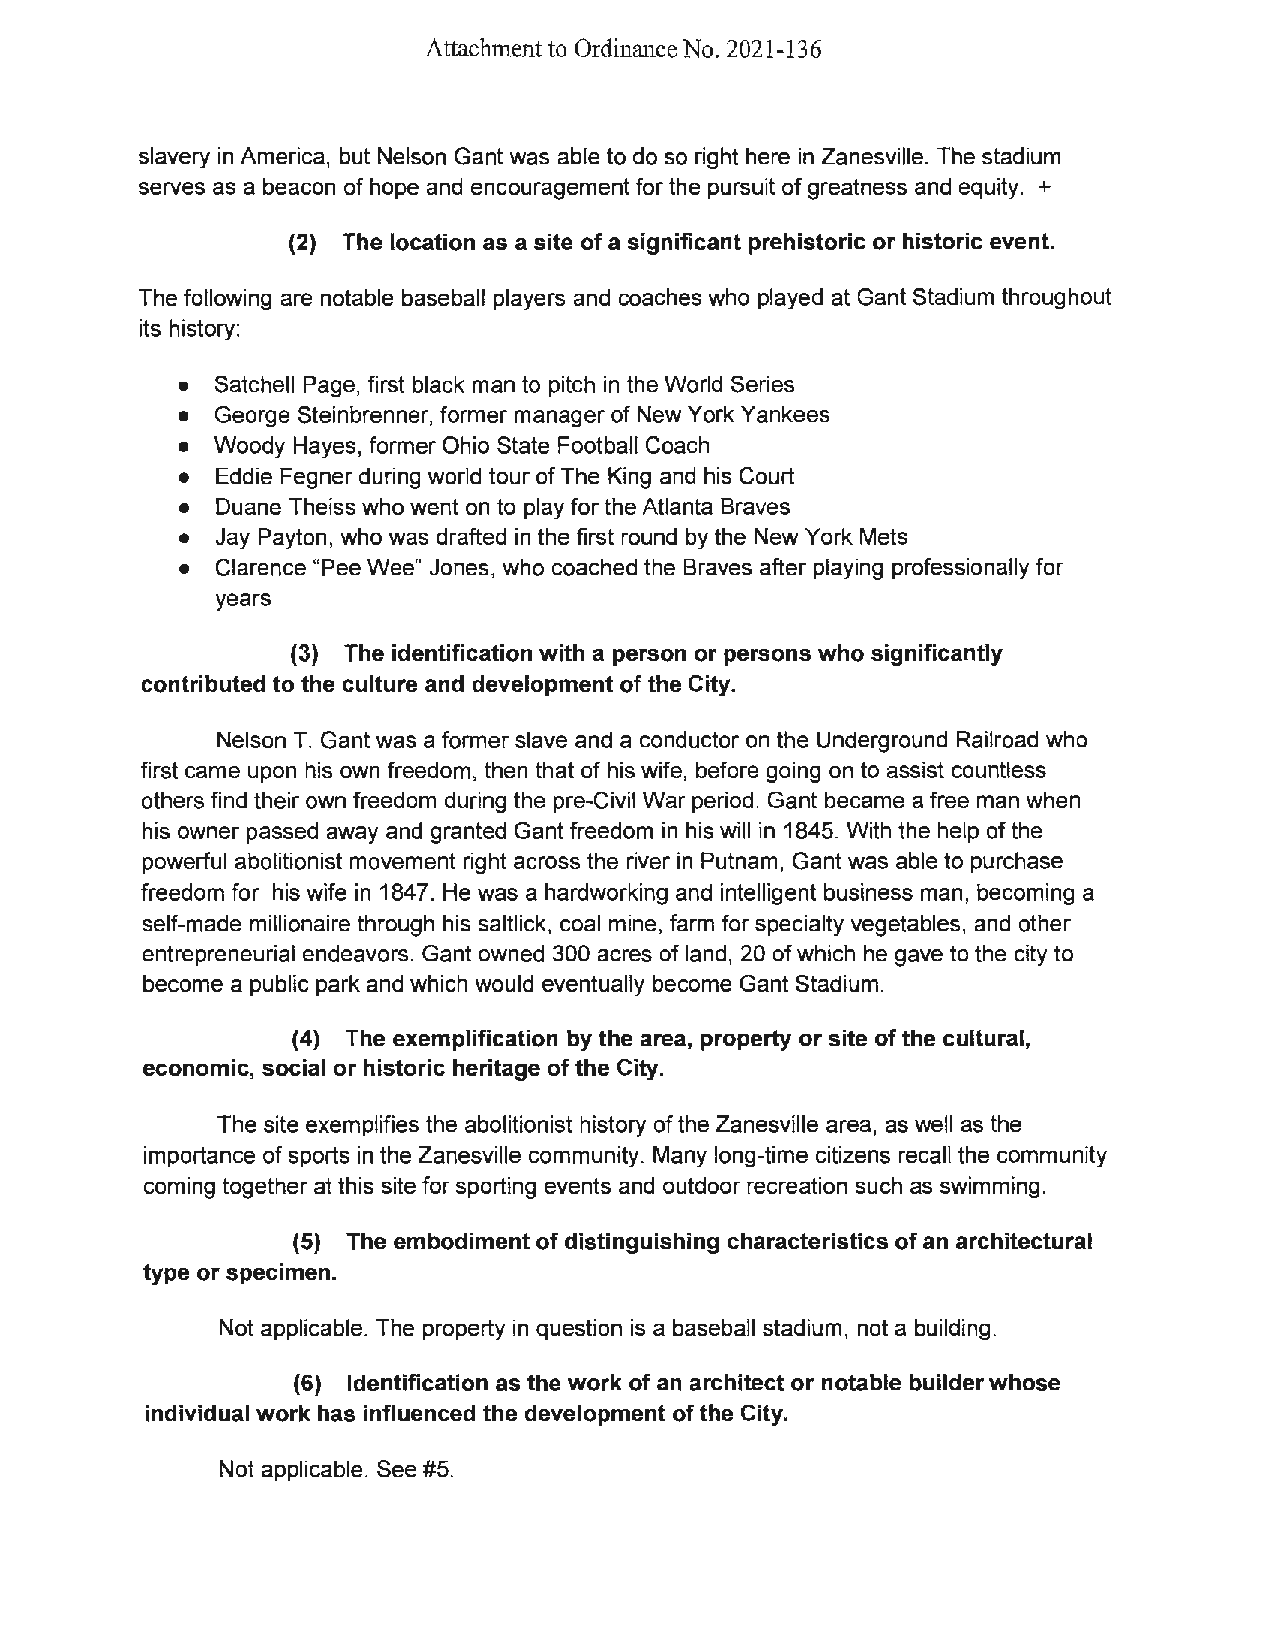
Attachment to Ordinance No. 2021-136
 slavery in America, but Nelson Gant was able to do so right here in Zanesville. The stadium
 serves as a beacon of hope and encouragement for the pursuit of greatness and equity. +
 (2) The location as a site of a significant prehistoric or historic event.
 The following are notable baseball players and coaches who played at Gant Stadium throughout
 its history:
 • Satchell Page, first black man to pitch in the World Series
 • George Steinbrenner, former manager of New York Yankees
 • Woody Hayes, former Ohio State Football Coach
 • Eddie Fegner during world tour of The King and his Court
 • Duane Theiss who went on to play for the Atlanta Braves
 • Jay Payton, who was drafted in the first round by the New York Mets
 • Clarence "Pee Wee" Jones, who coached the Braves after playing professionally for
 years
 (3) The identification with a person or persons who significantly
 contributed to the culture and development of the City.
 Nelson T. Gant was a former slave and a conductor on the Underground Railroad who
 first came upon his own freedom, then that of his wife, before going on to assist countless
 others find their own freedom during the pre-Civil War period. Gant became a free man when
 his owner passed away and granted Gant freedom in his will in 1845. With the help of the
 powerful abolitionist movement right across the river in Putnam, Gant was able to purchase
 freedom for his wife in 1847. He was a hardworking and intelligent business man, becoming a
 self-made millionaire through his saltlick, coal mine, farm for specialty vegetables, and other
 entrepreneurial endeavors. Gant owned 300 acres of land, 20 of which he gave to the city to
 become a public park and which would eventually become Gant Stadium.
 (4) The exemplification by the area, property or site of the cultural,
 economic, social or historic heritage of the City.
 The site exemplifies the abolitionist history of the Zanesville area, as well as the
 importance of sports in the Zanesville community. Many long-time citizens recall the community
 coming together at this site for sporting events and outdoor recreation such as swimming.
 (5) The embodiment of distinguishing characteristics of an architectural
 type or specimen.
 Not applicable. The property in question is a baseball stadium, not a building.
 (6) Identification as the work of an architect or notable builder whose
 individual work has influenced the development of the City.
 Not applicable. See #5.